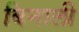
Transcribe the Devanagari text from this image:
बिनाली